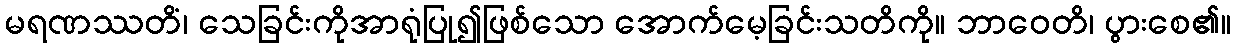
မရဏဿတိံ၊ သေခြင်းကိုအာရုံပြု၍ဖြစ်သော အောက်မေ့ခြင်းသတိကို။ ဘာဝေတိ၊ ပွားစေ၏။